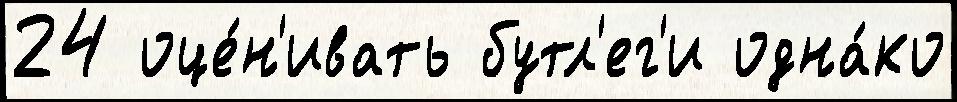
24 оце́н'ивать бутл'ег'и одна́ко